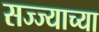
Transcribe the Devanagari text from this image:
सज्ज्याच्या